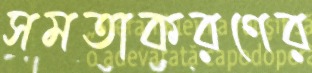
সমতাকরণের